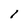
Character: 1